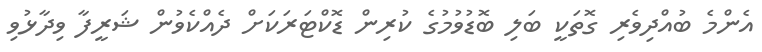
އެންމެ ބުއްދިވެރި ގޮތަކީ ބަލި ބޮޑުވުމުގެ ކުރިން ޑޮކްޓަރަކަށް ދެއްކެވުން ޝަރީފާ ވިދާޅުވި